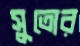
সুতোর